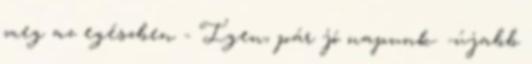
meg az egészben - Igen, pár jó napunk. -újabb